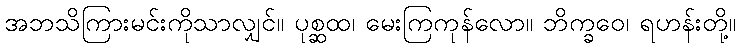
အဘသိကြားမင်းကိုသာလျှင်။ ပုစ္ဆထ၊ မေးကြကုန်လော။ ဘိက္ခဝေ၊ ရဟန်းတို့။